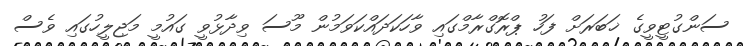
ސަންގުޓީވީގެ ޚަބަރަށް ފަހު ޕްރޮގްރާމްގައި ވާހަކަދައްކަވަމުން މޫސަ ވިދާޅުވީ ގައުމީ މަޖިލީހުގައި ވެސް